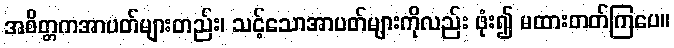
အစိတ္တကအာပတ်များတည်း၊ သင့်သောအာပတ်များကိုလည်း ဖုံး၍ မထားတတ်ကြပေ။